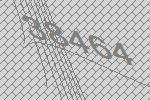
38464